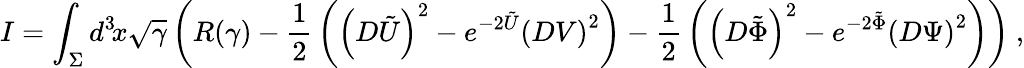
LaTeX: I=\int_{\Sigma}d^{3}\! x\sqrt{\gamma}\left(R(\gamma)-{\frac{1}{2}}\left(\left(D\tilde{U}\right)^{2}-e^{-2\tilde{U}}\left(DV\right)^{2}\right)-{\frac{1}{2}}\left(\left(D\tilde{\Phi}\right)^{2}-e^{-2\tilde{\Phi}}\left(D\Psi\right)^{2}\right)\right)\ ,